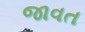
જાવત